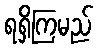
ရရှိကြမည်